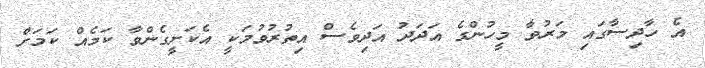
އެ ހާދިސާގައި މަރުވާ މީހުންގެ އަދަދު އަދިވެސް އިތުރުވުމަކީ އެކަށީގެންވާ ކަމެއް ކަމަށް